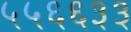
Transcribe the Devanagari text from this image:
५५६६३३